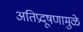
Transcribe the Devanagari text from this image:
अतिप्रदूषणामुळे